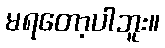
မရတော့ပါဘူး။